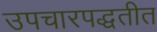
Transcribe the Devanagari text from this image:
उपचारपद्धतीत